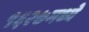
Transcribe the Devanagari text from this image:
१६२७मध्ये